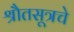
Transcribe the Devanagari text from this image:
श्रौतसूत्रचे